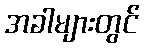
အခါများတွင်